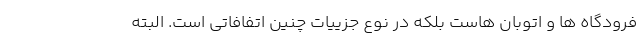
فرودگاه ها و اتوبان هاست بلکه در نوع جزییات چنین اتفافاتی است. البته